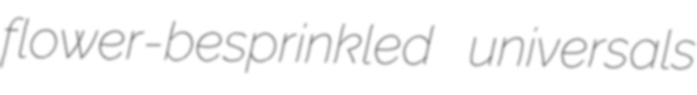
flower-besprinkled universals